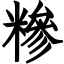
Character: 糝